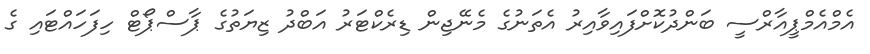
އެމްއެމްޕީއާރްސީ ބަންދުކޮށްފައިވާއިރު އެތަނުގެ މެނޭޖިން ޑިރެކްޓަރު އަބްދު ޒިޔަތުގެ ޕާސްޕޯޓް ހިފަހައްޓައި ގެ